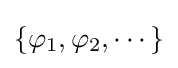
\{\varphi _{1},\varphi _{2},\cdots \}